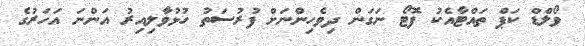
ވޯލްޑް ކަޕް ތައްޓާއެކު ފޮޓޯ ނަގަން ދިވެހިންނަށް ފުރުސަތު ހުޅުވާލިއިރު އަންނަ އަހަރުގެ